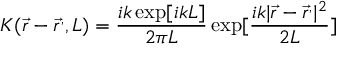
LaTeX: K ( { \vec { r } } - { \vec { r } } ^ { , } , L ) = { \frac { i k \exp [ i k L ] } { 2 \pi L } } \exp [ { \frac { i k | { \vec { r } } - { \vec { r } } ^ { , } | ^ { 2 } } { 2 L } } ]